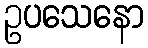
ဥပသေနော